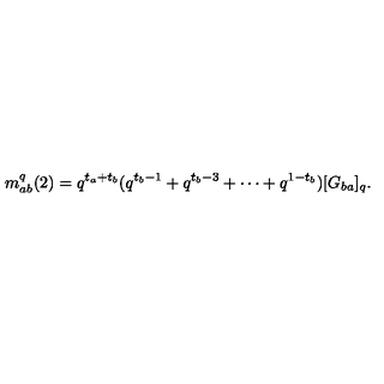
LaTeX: m _ { a b } ^ { q } ( 2 ) = q ^ { t _ { a } + t _ { b } } ( q ^ { t _ { b } - 1 } + q ^ { t _ { b } - 3 } + \cdots + q ^ { 1 - t _ { b } } ) [ G _ { b a } ] _ { q } .